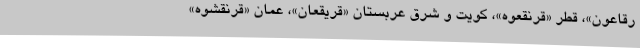
رقاعون»، قطر «قرنقعوه»، کویت و شرق عربستان «قریقعان»، عمان «قرنقشوه»